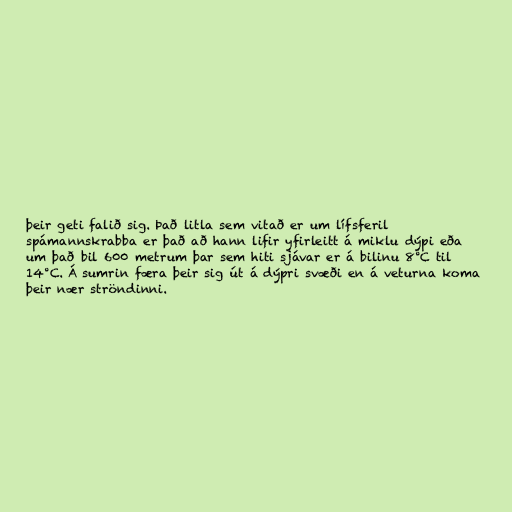
þeir geti falið sig. Það litla sem vitað er um lífsferil
spámannskrabba er það að hann lifir yfirleitt á miklu dýpi eða
um það bil 600 metrum þar sem hiti sjávar er á bilinu 8°C til
14°C. Á sumrin færa þeir sig út á dýpri svæði en á veturna koma
þeir nær ströndinni.